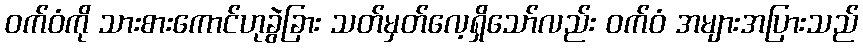
ဝက်ဝံကို သားစားကောင်ဟုခွဲခြား သတ်မှတ်လေ့ရှိသော်လည်း ဝက်ဝံ အများအပြားသည်